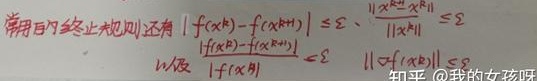
常用的终止规则还有\(\vert f(x^{k}) - f(x^{k + 1}) \vert \leq \varepsilon\)、\(\frac{\lVert x^{k} - x^{k+1}\rVert}{\lVert x^{k} \rVert} \leq \varepsilon\)以及\(\frac{\vert f(x^{k}) - f(x^{k+1})\vert}{\vert f(x^{k}) \vert} \leq \varepsilon\)  || 知乎@我的女孩呀